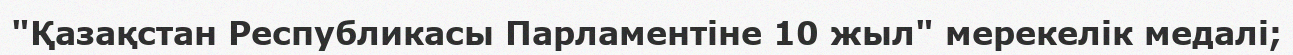
"Қазақстан Республикасы Парламентіне 10 жыл" мерекелік медалі;